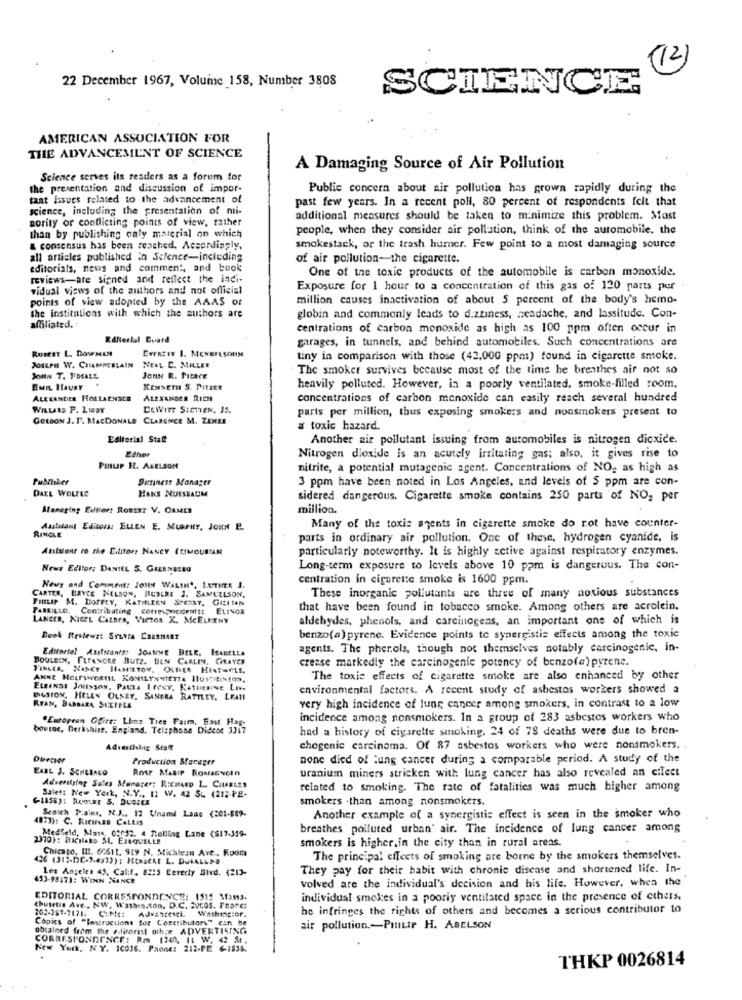
(12)
22 December 1967, Volume 158, Number 3808
SCIENCE
AMERICAN ASSOCIATION FOR
THE ADVANCEMENT OF SCIENCE
A Damaging Source of Air Pollution
Science serves its readers as a forum for
the presentation and discussion of impor-
Public concern about air pollution has grown rapidly during the
taat issues related to the advancement of
past few years. In a recent poll, 80 percent of respondents felt that
science, including the presentation of ni-
sority or conflicting points of view, rather
additional measures should be taken to minimize this problem. Most
people, when they consider air pollution, think of the automobile, the
than by publishing only material on which
& consensus has been reached. Accordingly,
smokestack, or the trash hurner. Few point to a most damaging source
all articles published in Science-including
of air pollution-the cigarette.
editorials, news and comment, and book
One of the toxic products of the automobile is carbon monoxide.
reviews-are signed and reflect the indi-
vidual views of the authors and not official
Exposure for 1 hour to a concentration of this gas of 120 parts per
points of view adopted by the AAAS or
million causes inactivation of about 5 percent of the body's hemo-
the institutions with which the authors are
globin and commonly leads to dizziness, headache, and lassitude. Con-
affiliated.
centrations of carbon monoxide as high as 100 rpm often occur in
Editorial Board
garages, in tunnels, and behind automobiles. Such concentrations are
ROBERT L. DOUFMAM
EvrazIr 1. MENErasonse
tiny in comparison with those (42.000 ppm) found in cigarette smoke.
JOSEPH W. CHAMPEELAIN NEAL C. MILLER
The smoker survives because most of the time he breathes air not so
JOHN T. FOIALL
JORN R. PIERCE
EMIL HAURY
Kenser S. Prizee
heavily polluted. However, in a poorly ventilated, smoke-filled room.
ALEXANDER HOLLAENSCE
ALEXANDER RICH
concentrations of carbon monoxide can easily reach several hundred
DEWITT SICHTEN, JA.
parts per million, thus exposing smokers and nonsmokers present to
GORDON J. F. MacDONALD CLARENCE M. ZENER
a toxic hazard.
Editorial Stal
Another air pollutant issuing from automobiles is nitrogen dioxide.
Ether
Nitrogen dioxide is an acutely irritating gas; also, it gives rise to
PINUP HL. ABELSON
nitrite, a potential mutagenic agent. Concentrations of NO, as high as
Publisher
Business Manager
3 ppm have been noted in Los Angeles, and levels of 5 ppm are con-
DAEL WOLFLE
HANS NUSSBAUM
sidered dangerous. Cigarette smoke contains 250 parts of NO, per
Sanering Efter: Roster V. ORMES
million.
RINGLE
Assistant Editora: ELLEN E. MURPHY, JOHN E.
Many of the toxic agents in cigarette smoke do rot have counter-
parts in ordinary air pollution. One of these, hydrogen cyanide, is
Anistont ro the Eititors NANCY (CIMOUSTAN
particularly noteworthy. It is highly active against respiratory enzymes.
News Editor: DANIEL S. GREENBERG
Long-term exposure to levels above 10 pam is dangerous. The con-
centration in cigarette smoke is 1600 ppm.
News and Comment: Jolt WALSH', LUTHER J.
CARTER, BRYCE NELSON, HUSERE J. SAMUELSON,
FILIP M. BOTFLY, KATHLEEN SPERSY, GILLIAN
These inorganic pollutants are three of many noxious substances
PAREILLO, Contributing correspondemfft
ELINOR
that have been found in tobacco smoke. Among others are acrolein.
LANCER, NIGEL CALBER, VICTOR K. MCELKENY
aldehydes, phenols, and carcinogens, an important ons of which is
Besk Rtenlews: Srutta ERESHART
benzo(a) pyrene. Evidence points to synergistis effects among the toxic
Editorial Assistants: JouNNE BELE, ISABELLA
agents. The pherols, though not themselves notably carcinogenic, in-
BouseIN, [treNoRe BUTz. BEN CARLIN. GRAYER
crease markedly the carcinogenic potency of benzo(a) pyrene.
FINGER, NANCY HAMILTON, OUNER HEATWELE,
The toxic effects of cigarette smoke are also enhanced by other
EtRexos Joitssos, Pauza I rexv, Kattenive Liv.
environmental factors. A recent study of asbestos workers showed a
DUSION, HELEN OLNEY, SANDRA RATTLEY, LEA !!
RYAN, BARBARA SITIPEA
very high incidence of lung cancer among smokers, in contrast to a low
.European Office: Lime Tree Farm, East Hag-
incidence among nonsmokers. In a group of 283 asbestos workers who
bovine, Derkshirt, England, Telephone Didcot 3317
had a history of cigarette smoking. 24 of 78 deaths were due to bren-
Adselklug Staff
chogenic carcinoma. Of 87 asbestos workers who were nonsmokers. .
Director
Production Manager
none died of lung cancer during a comparable period. A study of the
EARL J. SCHLBACO
RosF MasIP ROMAGNOIn
uranium miners stricken with lung cancer has also revealed an cilect
Advertising Sales Manager: RICHARD L. CHARLES
related to smoking. The rate of fatalities was much higher among
Salet: New York, N.Y ., 11 W. 42 SL (212-PE-
smokers .than among nonsmokers.
4873): C. RICHARD CALLIS
Scoich Trains, N.J ., 12 Unami Laas (201-589-
Another example of a synergistic effect is seen in the smoker who
breathes polluted urban' air. The incidence of lung cancer among
2370): RICHleto SL. EZRQUELLE
Medheld, Mass, 0:052. a Rolling Lane (S17-359-
smokers is higher.in the city than in rural areas.
Chicago, III. 66611. 919 N. Stichlean Ave ., Room
426 (312-DE-7-4973) ; HECRACKE L. DUGALENO
The principal effects of smoking are borne by the smokers themselves.
Les Angeles 45, Calif. 8215 Cererty Blvd. (213-
They pay for their habit with chronic disease and shortened life. In-
433-98171: WENN NANCE
volved are the individual's decision and his life. However, when the
EDITORIAL CORRESPONDENCE: 1515 Mf3113.
individual smokes in a poorly ventilated space in the presence of others.
chusetts Ave ., NW, Washesston, D.C. Soros. Thor.cz
102-351-7171. C:Me:
Washing:or.
he infringes the rights of others and becomes a serious contributor to
Copies of "Instructions for Contributors" can be
obtained from the editorist othe ADVERTISING
air pollution .- PHILIP H. ABELSON
CORRESPONDENCE: Rm 1240, It W. @2 51.
New York, NY. 10016. Paone: 212-PE 6-1835.
THKP 0026814